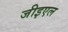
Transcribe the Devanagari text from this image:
जीइएल